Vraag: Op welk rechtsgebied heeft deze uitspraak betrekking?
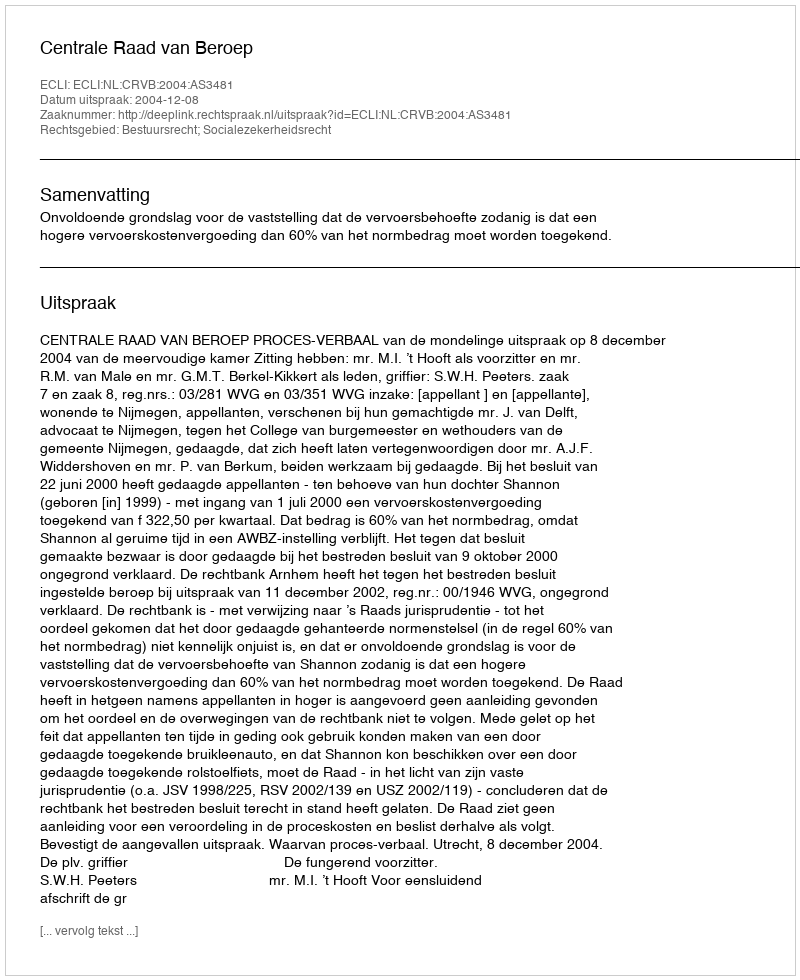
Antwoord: Bestuursrecht; Socialezekerheidsrecht